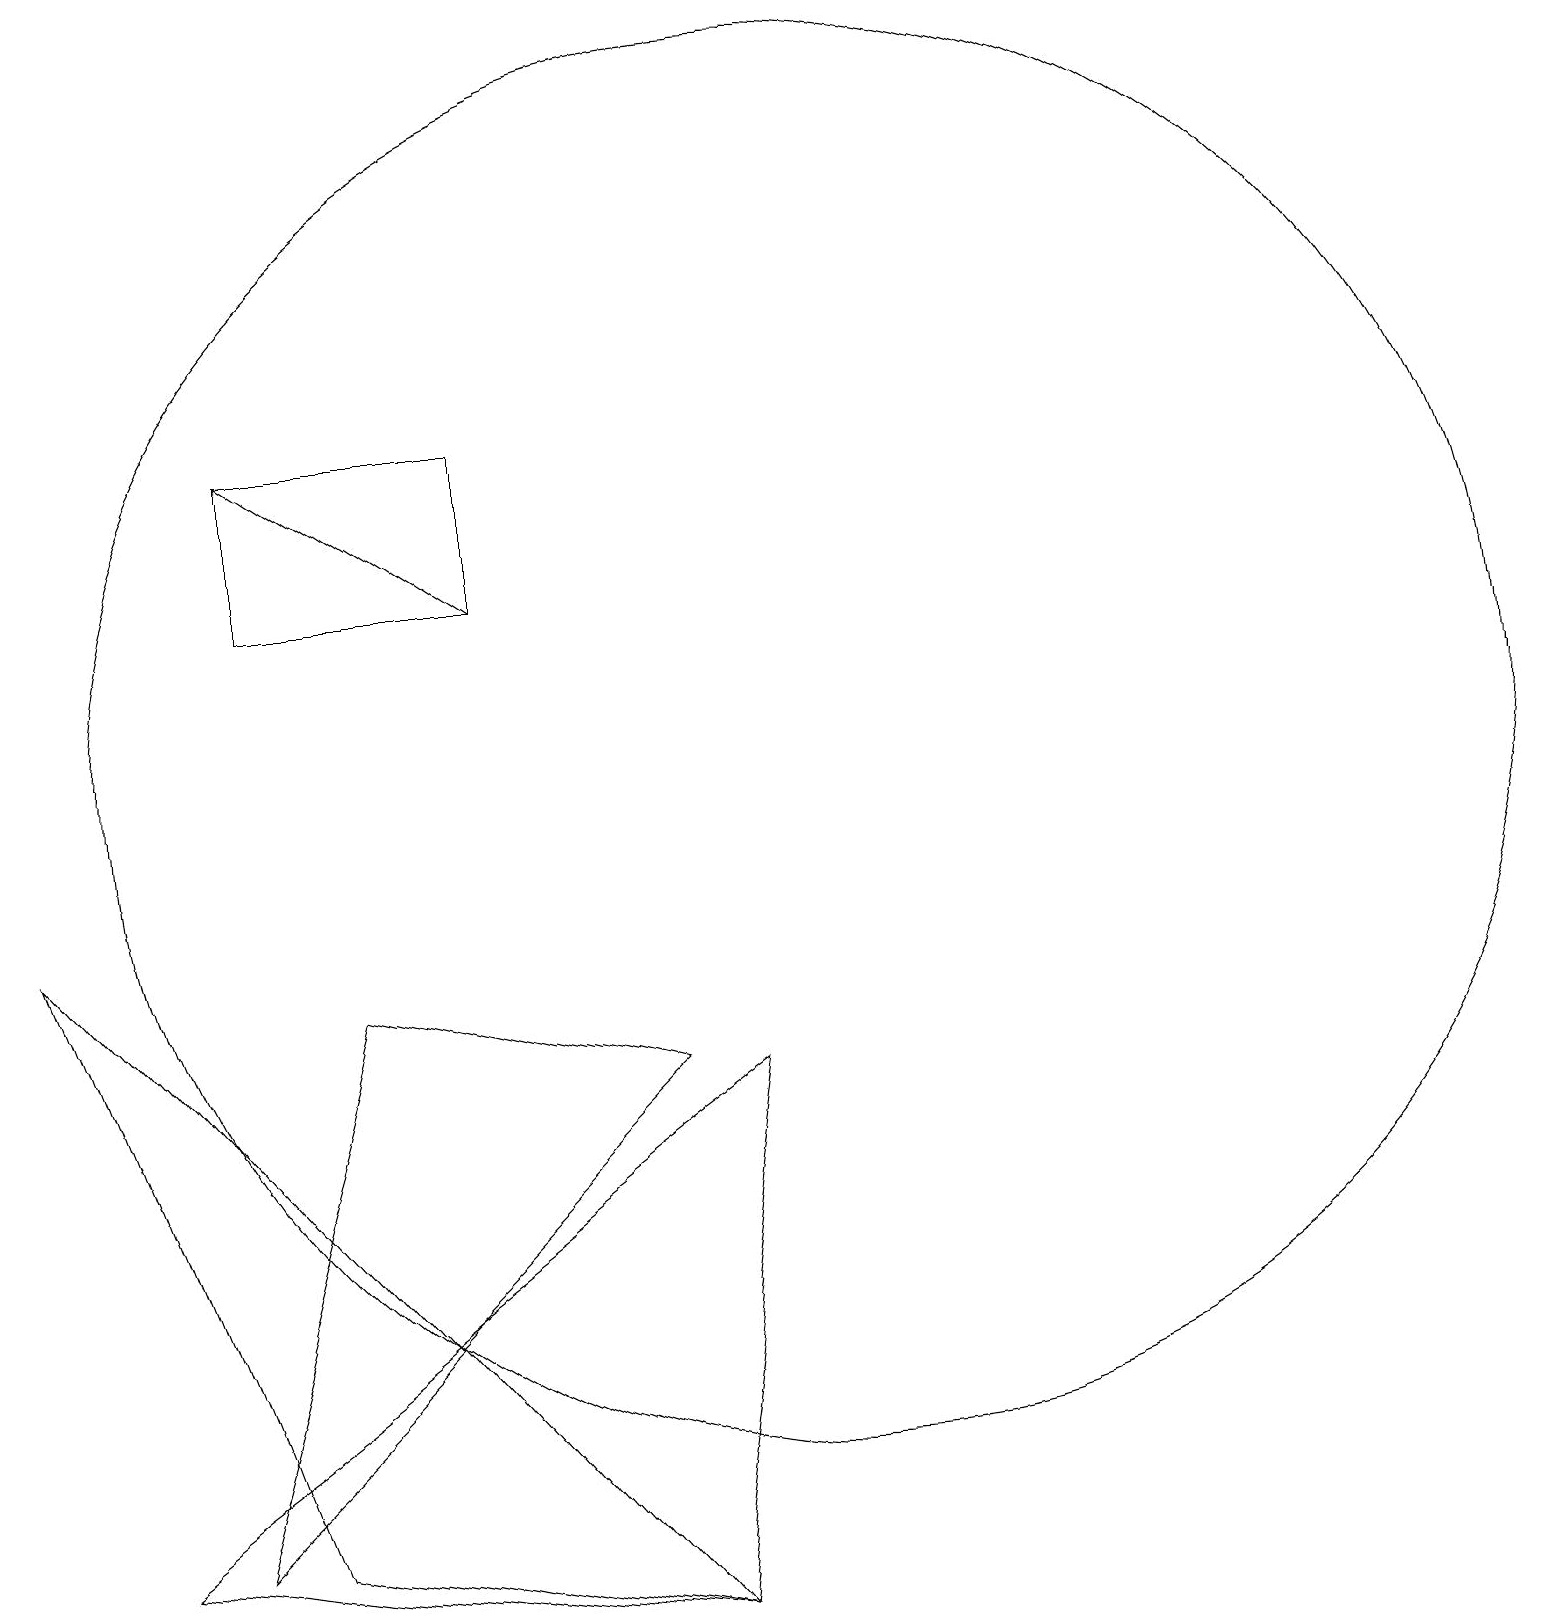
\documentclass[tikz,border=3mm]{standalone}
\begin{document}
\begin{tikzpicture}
\draw (8,0) -- (9,7) -- (1,1) -- cycle;
\draw (3,15) rectangle (6,13);
\draw (10,11) circle (9);
\draw (2,1) -- (4,8) -- (8,7) -- cycle;
\draw[->] (6,13) -- (3,15);
\draw (0,9) -- (3,1) -- (8,0) -- cycle;
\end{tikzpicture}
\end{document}